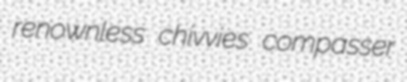
renownless chivvies compasser